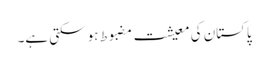
پاکستان کی معیشت مضبوط ہو سکتی ہے۔